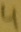
Text: 4